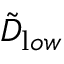
{ \tilde { D } } _ { { \textrm l o w } }